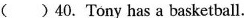
( ) 40. Tony has a basketball.